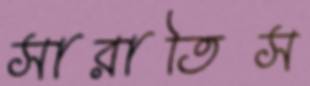
সারাতিস